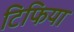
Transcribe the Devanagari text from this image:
टिफिया